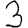
Digit: 3